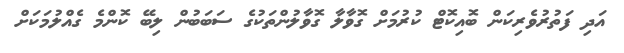
އަދި ފަތުރުވެރިކަން ބޮއިކޮޓް ކުރުމަށް ގޮވާލާ ގޮވާލުންތަކުގެ ސަބަބުން ލިބޭ ކޮންމެ ގެއްލުމަކަށް